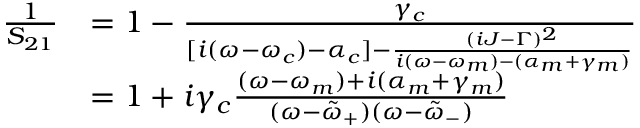
\begin{array} { r l } { \frac { 1 } { S _ { 2 1 } } } & { = 1 - \frac { \gamma _ { c } } { [ i ( \omega - \omega _ { c } ) - \alpha _ { c } ] - \frac { ( i J - \Gamma ) ^ { 2 } } { i ( \omega - \omega _ { m } ) - ( \alpha _ { m } + \gamma _ { m } ) } } } \\ & { = 1 + i \gamma _ { c } \frac { ( \omega - \omega _ { m } ) + i ( \alpha _ { m } + \gamma _ { m } ) } { ( \omega - \tilde { \omega } _ { + } ) ( \omega - \tilde { \omega } _ { - } ) } } \end{array}